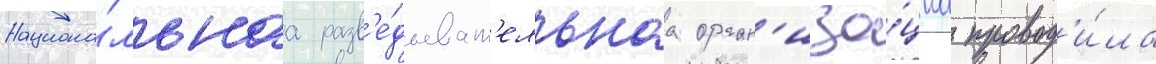
Национа́льнаа разв'е́дыват'ельнаа орган'иза́циа провод'и́ла